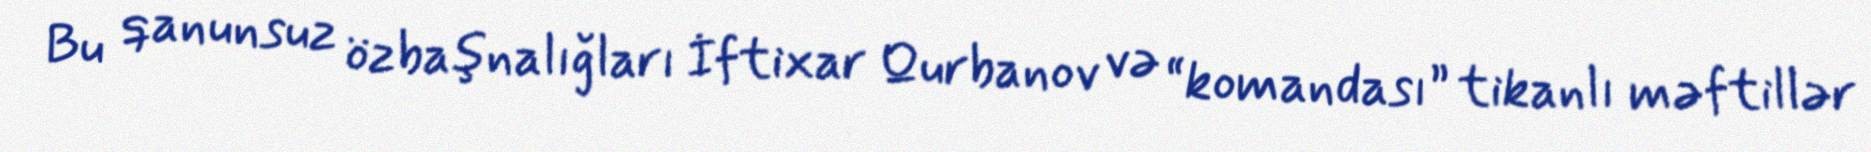
Bu qanunsuz özbaşnalığları İftixar Qurbanov və “komandası” tikanlı məftillər